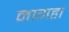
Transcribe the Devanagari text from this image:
नागहा